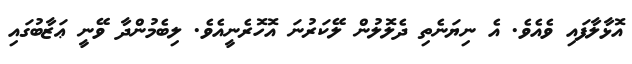
އޮޅާލާފައި ވެއެވެ. އެ ނިޔަނެތި ދެލޮލުން ލޭކަރުނަ އޮހޮރެނީއެވެ. ލިބެމުންދާ ވޭނީ ޢަޒާބުގައި